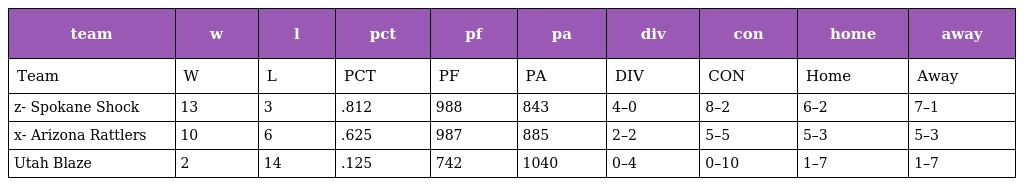
| team | w | l | pct | pf | pa | div | con | home | away |
 | --- | --- | --- | --- | --- | --- | --- | --- | --- | --- |
 | Team | W | L | PCT | PF | PA | DIV | CON | Home | Away |
 | z- Spokane Shock | 13 | 3 | .812 | 988 | 843 | 4–0 | 8–2 | 6–2 | 7–1 |
 | x- Arizona Rattlers | 10 | 6 | .625 | 987 | 885 | 2–2 | 5–5 | 5–3 | 5–3 |
 | Utah Blaze | 2 | 14 | .125 | 742 | 1040 | 0–4 | 0–10 | 1–7 | 1–7 |